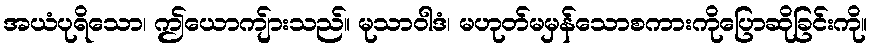
အယံပုရိသော၊ ဤယောကျ်ားသည်။ မုသာဝါဒံ၊ မဟုတ်မမှန်သောစကားကိုပြောဆိုခြင်းကို။